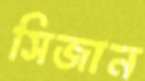
সিজান